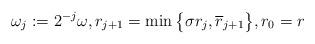
LaTeX: \begin{align*}\omega_j:=2^{-j}\omega,r_{j+1}=\min\big\{\sigma r_j,\overline r_{j+1}\big\},r_0=r\end{align*}